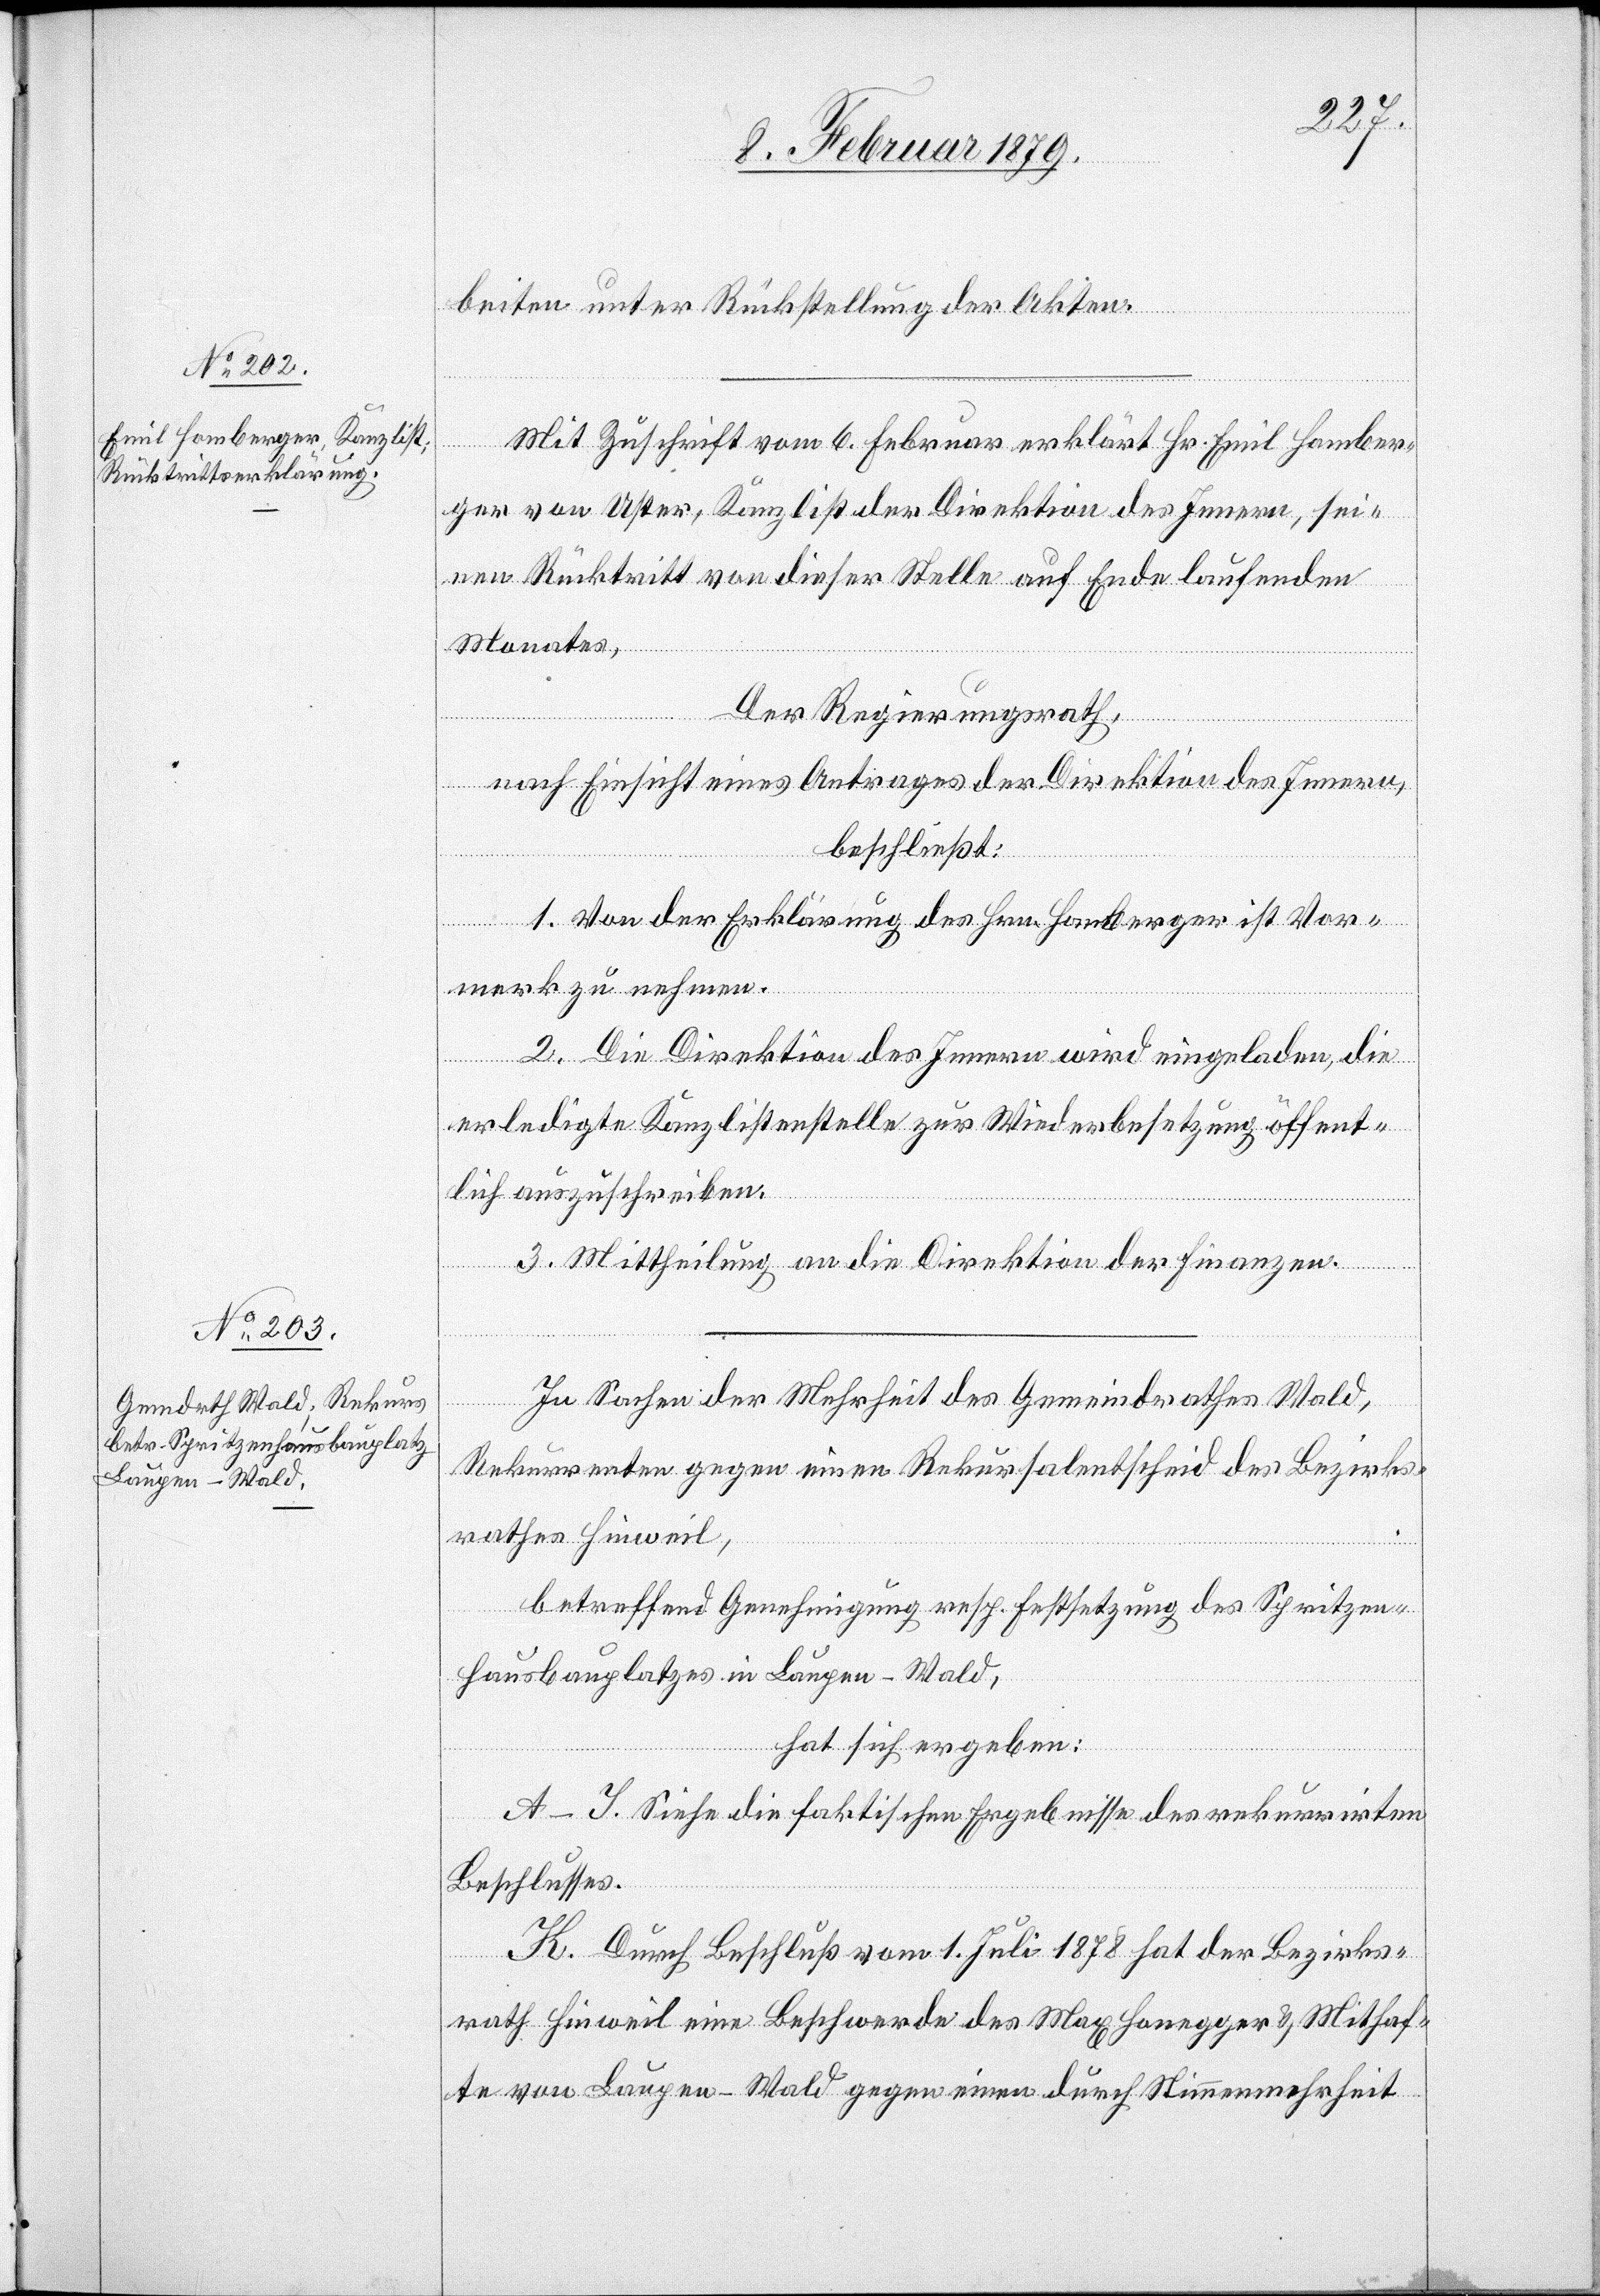
beiten unter Rückstellung der Akten.
Mit Zuschrift vom 6. Februar erklärt Hr. Emil Homber¬
ger von Uster, Kanzlist der Direktion des Innern, sei¬
nen Rücktritt von dieser Stelle auf Ende laufenden
Monates,
Der Regierungsrath,
nach Einsicht eines Antrages der Direktion des Innern,
beschließt:
1. Von der Erklärung des Hrn. Homberger ist Vor¬
merk zu nehmen.
2. Die Direktion des Innern wird eingeladen, die
erledigte Kanzlistenstelle zur Wiederbesetzung öffent¬
lich auszuschreiben.
3. Mittheilung an die Direktion der Finanzen.
In Sachen der Mehrheit des Gemeindrathes Wald,
Rekurrenten gegen einen Rekursalentscheid des Bezirks¬
rathes Hinweil,
betreffend Genehmigung resp. Festsetzung des Spritzen¬
hausbauplatzes in Laupen - Wald,
hat sich ergeben:
A–J. Siehe die faktischen Ergebnisse des rekurrirten
Beschlusses.
K. Durch Beschluß vom 1. Juli 1878 hat der Bezirks¬
rath Hinweil eine Beschwerde des Max Honegger & Mithaf¬
te von Laupen - Wald gegen einen durch Stimmenmehrheit